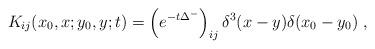
LaTeX: \begin{align*}K_{ij} (x_0 ,x;y_0 ,y;t) = \left( e^{-t\Delta^{-} } \right)_{ij}\delta^{3} (x-y) \delta (x_0 -y_0 ) \ ,\end{align*}